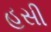
હસી